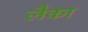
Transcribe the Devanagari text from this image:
लैका